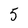
Character: 5